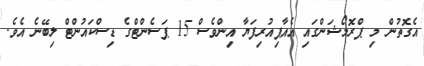
އެގޮތުން މި ޕްރޮމޯޝަންގައި އެއާޕިއުރިފަޔާ އިންވެސް 15 ޕަސެންޓްގެ ޑިސްކައުންޓް ލިބޭނެ އެވެ.